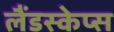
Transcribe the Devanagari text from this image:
लैंडस्केप्स